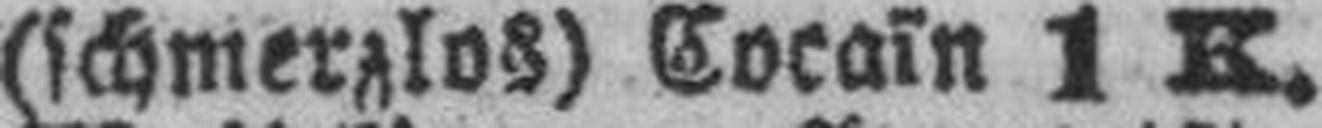
(schmerzlos) Cocain 1 K.